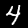
Label: 4